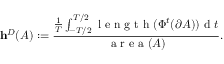
\mathbf { h } ^ { D } ( A ) : = \frac { \frac { 1 } { T } \int _ { - T / 2 } ^ { T / 2 } \mathrm { ~ l ~ e ~ n ~ g ~ t ~ h ~ } ( \Phi ^ { t } ( \partial A ) ) \mathrm { ~ d ~ } t } { \mathrm { ~ a ~ r ~ e ~ a ~ } ( A ) } .